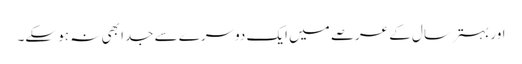
اور بہتر سال کے عرصے میں ایک دوسرے سے جدا بھی نہ ہو سکے۔